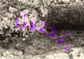
بتحليل